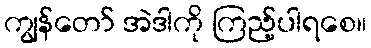
ကျွန်တော် အဲဒါကို ကြည့်ပါရစေ။